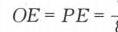
\(OE = PE=\frac{1}{3}\)（图中分式分母显示不全）